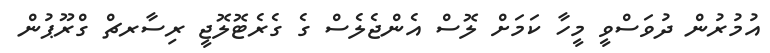
އުމުރުން ދުވަސްވީ މީހާ ކަމަށް ލޮސް އެންޖެލެސް ގެ ގެރެޓޮލޮޖީ ރިސާރޗް ގްރޫޕުން